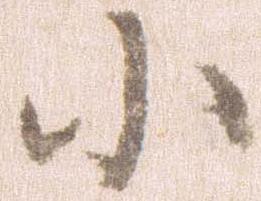
小